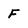
Character: F